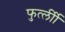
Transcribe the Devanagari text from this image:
फुर्त्लीी